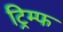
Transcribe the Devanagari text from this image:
ट्रिम्फ